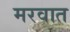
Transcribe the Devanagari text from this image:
मरवात